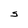
Character: S